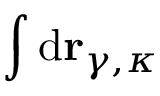
\int \mathrm { d } \mathbf { r } _ { \gamma , \kappa }